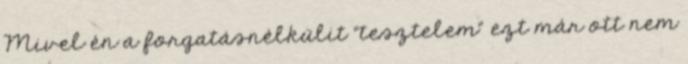
Mivel én a forgatásnélkülit "tesztelem" ezt már ott nem